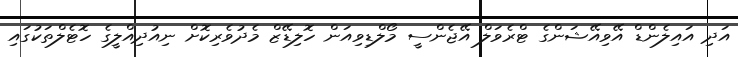
އަދި އައިލެންޑް އޭވިއޭޝަންގެ ޓްރެވަލް އޭޖެންސީ މޯލްޑިވިއަން ހޮލިޑޭޒް މެދުވެރިކޮށް ނިއުދިއްލީގެ ހޮޓެލްތަކުގައި